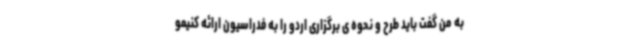
به من گفت باید طرح و نحوه ی برگزاری اردو را به فدراسیون ارائه کنیمو